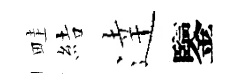
畦結逹鑒